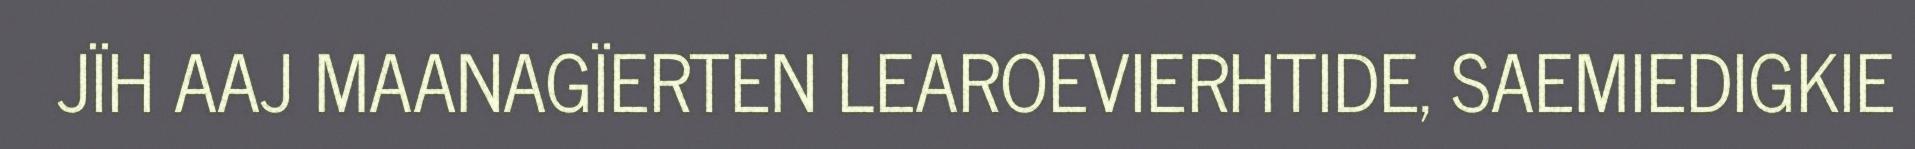
JÏH AAJ MAANAGÏERTEN LEAROEVIERHTIDE, SAEMIEDIGKIE